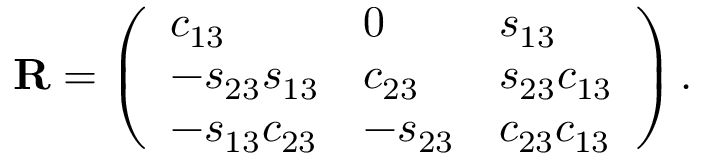
{ \bf R } = \left( \begin{array} { l l l } { { c _ { 1 3 } } } & { { 0 } } & { { s _ { 1 3 } } } \\ { { - s _ { 2 3 } s _ { 1 3 } } } & { { c _ { 2 3 } } } & { { s _ { 2 3 } c _ { 1 3 } } } \\ { { - s _ { 1 3 } c _ { 2 3 } } } & { { - s _ { 2 3 } } } & { { c _ { 2 3 } c _ { 1 3 } } } \end{array} \right) .